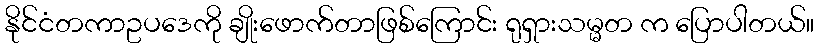
နိုင်ငံတကာဥပဒေကို ချိုးဖောက်တာဖြစ်ကြောင်း ရုရှားသမ္မတ က ပြောပါတယ်။